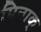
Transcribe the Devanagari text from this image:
पिनाक्